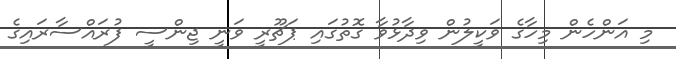
މި އަންހެން މިހާގެ ވަކީލުން ވިދާޅުވާ ގޮތުގައި ޕަޗޫރީ ވަނީ ޖިންސީ ފުރައްސާރައިގެ